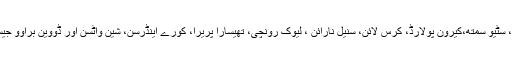
پلاٹینم کیٹگری میں ابراہام ڈی ویلیئرز، سٹیو سمتھ،کیرون پولارڈ، کرس لائن، سنیل نارائن ، لیوک رونچی، تھیسارا پریرا، کورے اینڈرسن، شین واٹسن اور ڈووین براوو جیسے نامور کھلاڑیوں کو رکھا گیا ہے۔